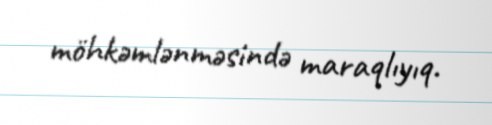
möhkəmlənməsində maraqlıyıq.